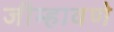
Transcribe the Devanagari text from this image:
जीम्हावणे